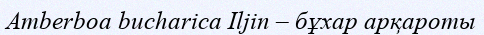
Amberboa bucharica Iljin – бұхар арқароты